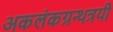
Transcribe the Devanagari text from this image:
अकलंकग्रन्थत्रयी